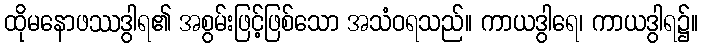
ထိုမနောဖဿဒွါရ၏ အစွမ်းဖြင့်ဖြစ်သော အသံဝရသည်။ ကာယဒွါရေ၊ ကာယဒွါရ၌။